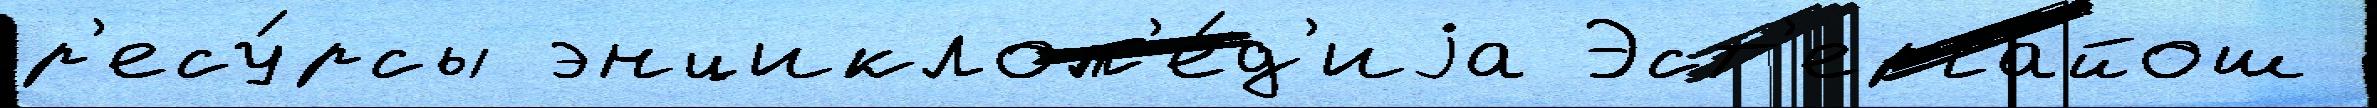
р'есу́рсы энциклоп'е́д'иjа Эст'ергайош